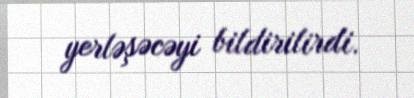
yerləşəcəyi bildirilirdi.